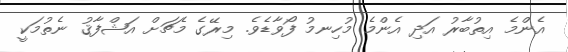
އެންމެ އިތުބާރު އަދި އެންމެ މުހިނމު ފޯވާޑެވެ. މިރޭގެ މެޗަށް އަޝްފާޤު ނެތުމަކީ